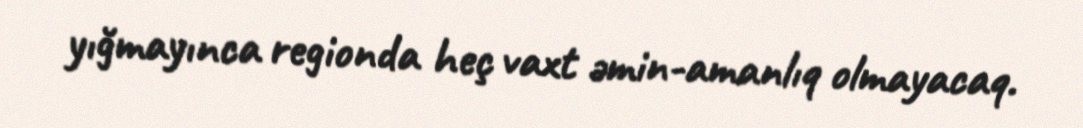
yığmayınca regionda heç vaxt əmin-amanlıq olmayacaq.